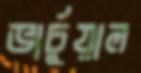
ভার্চুয়াল